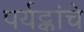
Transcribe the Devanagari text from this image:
पर्यट्कांचे